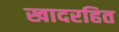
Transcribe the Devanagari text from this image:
खादरहित